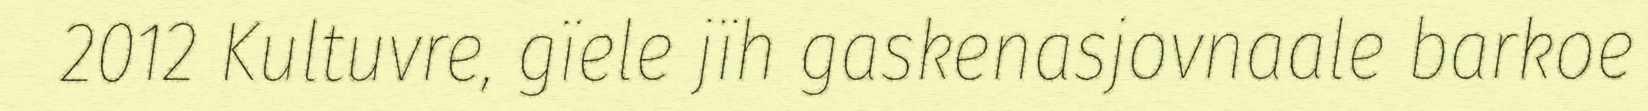
2012 Kultuvre, gïele jïh gaskenasjovnaale barkoe